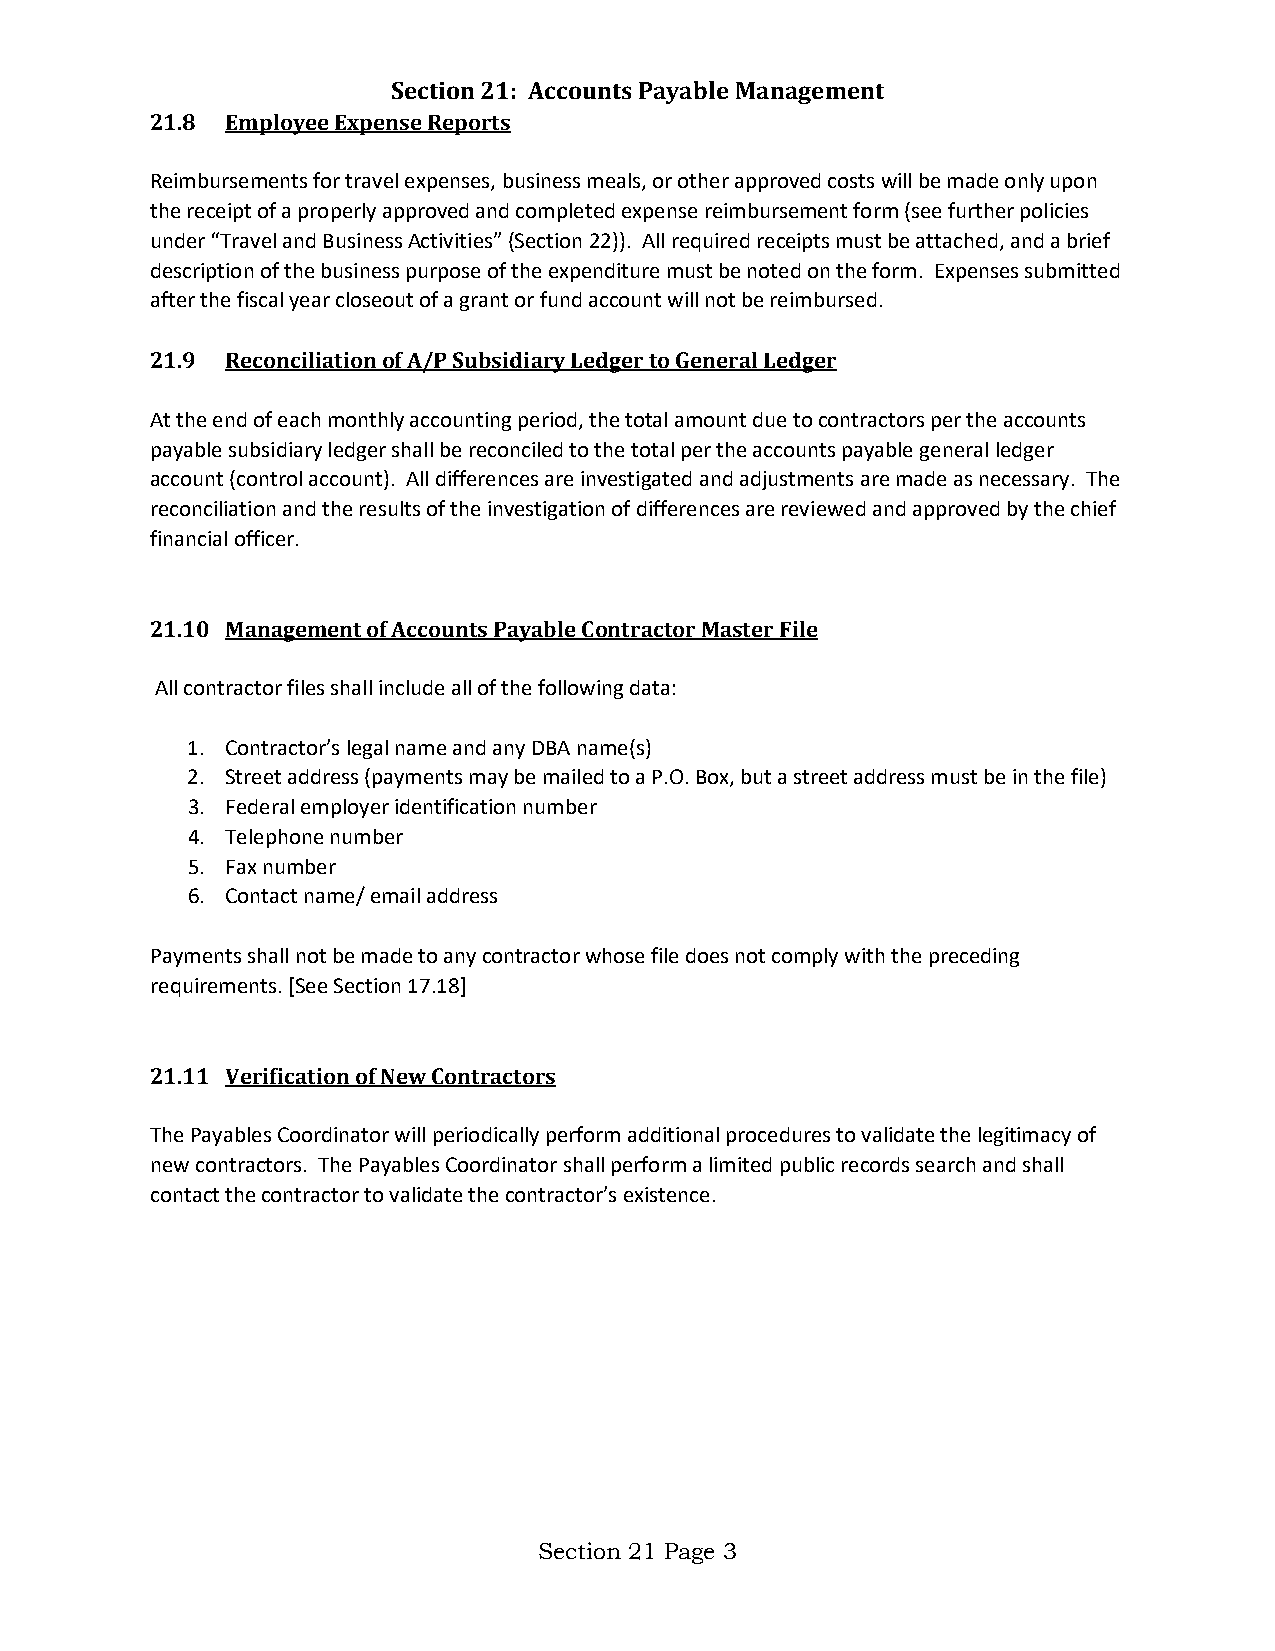
Section 21: Accounts Payable Management
 21.8 Employee Expense Reports
 Reimbursements for travel expenses, business meals, or other approved costs will be made only upon
 the receipt of a properly approved and completed expense reimbursement form (see further policies
 under “Travel and Business Activities” (Section 22)). All required receipts must be attached, and a brief
 description of the business purpose of the expenditure must be noted on the form. Expenses submitted
 after the fiscal year closeout of a grant or fund account will not be reimbursed.
 21.9 Reconciliation of A/P Subsidiary Ledger to General Ledger
 At the end of each monthly accounting period, the total amount due to contractors per the accounts
 payable subsidiary ledger shall be reconciled to the total per the accounts payable general ledger
 account (control account). All differences are investigated and adjustments are made as necessary. The
 reconciliation and the results of the investigation of differences are reviewed and approved by the chief
 financial officer.
 21.10 Management of Accounts Payable Contractor Master File
 All contractor files shall include all of the following data:
 1. Contractor’s legal name and any DBA name(s)
 2. Street address (payments may be mailed to a P.O. Box, but a street address must be in the file)
 3. Federal employer identification number
 4. Telephone number
 5. Fax number
 6. Contact name/ email address
 Payments shall not be made to any contractor whose file does not comply with the preceding
 requirements. [See Section 17.18]
 21.11 Verification of New Contractors
 The Payables Coordinator will periodically perform additional procedures to validate the legitimacy of
 new contractors. The Payables Coordinator shall perform a limited public records search and shall
 contact the contractor to validate the contractor’s existence.
 Section 21 Page 3